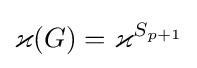
\varkappa (G)=\varkappa ^{S_{p+1}}